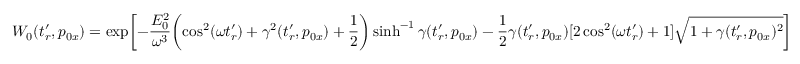
W _ { 0 } ( t _ { r } ^ { \prime } , p _ { 0 x } ) = \exp \biggl [ - \frac { E _ { 0 } ^ { 2 } } { \omega ^ { 3 } } \biggl ( \cos ^ { 2 } ( \omega t _ { r } ^ { \prime } ) + \gamma ^ { 2 } ( t _ { r } ^ { \prime } , p _ { 0 x } ) + \frac { 1 } { 2 } \biggr ) \sinh ^ { - 1 } \gamma ( t _ { r } ^ { \prime } , p _ { 0 x } ) - \frac { 1 } { 2 } \gamma ( t _ { r } ^ { \prime } , p _ { 0 x } ) [ 2 \cos ^ { 2 } ( \omega t _ { r } ^ { \prime } ) + 1 ] \sqrt { 1 + \gamma ( t _ { r } ^ { \prime } , p _ { 0 x } ) ^ { 2 } } \biggr ]